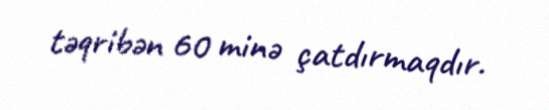
təqribən 60 minə çatdırmaqdır.